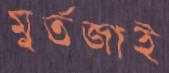
মুর্তজাই